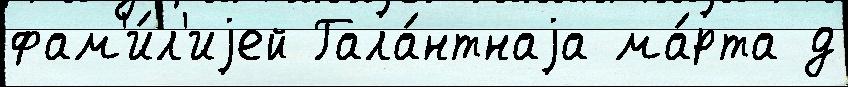
фам'и́л'иjей Гала́нтнаjа ма́рта д